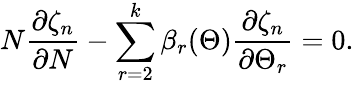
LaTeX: N\frac{\partial\zeta_{n}}{\partial N}-\sum_{r=2}^{k}\beta_{r}(\Theta)\frac{\partial\zeta_{n}}{\partial\Theta_{r}}=0.